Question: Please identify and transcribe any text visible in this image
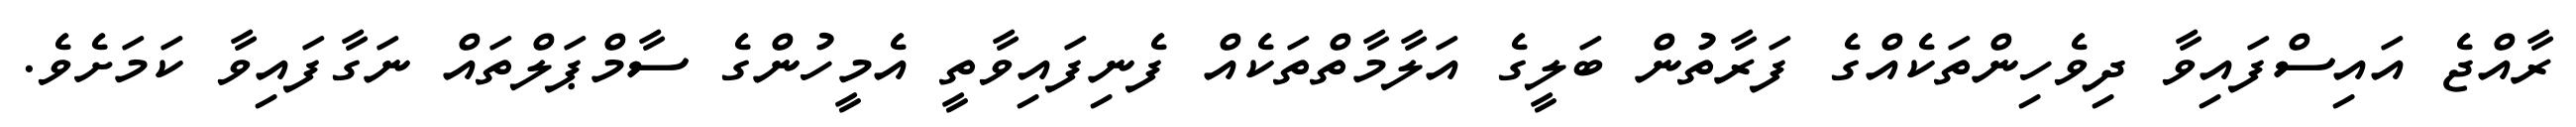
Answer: ރާއްޖެ އައިސްފައިވާ ދިވެހިންތަކެއްގެ ފަރާތުން ބަލީގެ އަލާމާތްތަކެއް ފެނިފައިވާތީ އެމީހުންގެ ސާމްޕަލްތައް ނަގާފައިވާ ކަމަށެވެ.